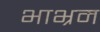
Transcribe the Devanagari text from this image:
भाभ्रम